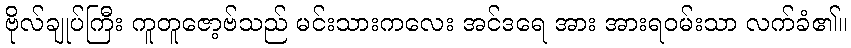
ဗိုလ်ချုပ်ကြီး ကူတူဇော့ဗ်သည် မင်းသားကလေး အင်ဒရေ အား အားရဝမ်းသာ လက်ခံ၏။